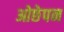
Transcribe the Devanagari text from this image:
ओछेपन